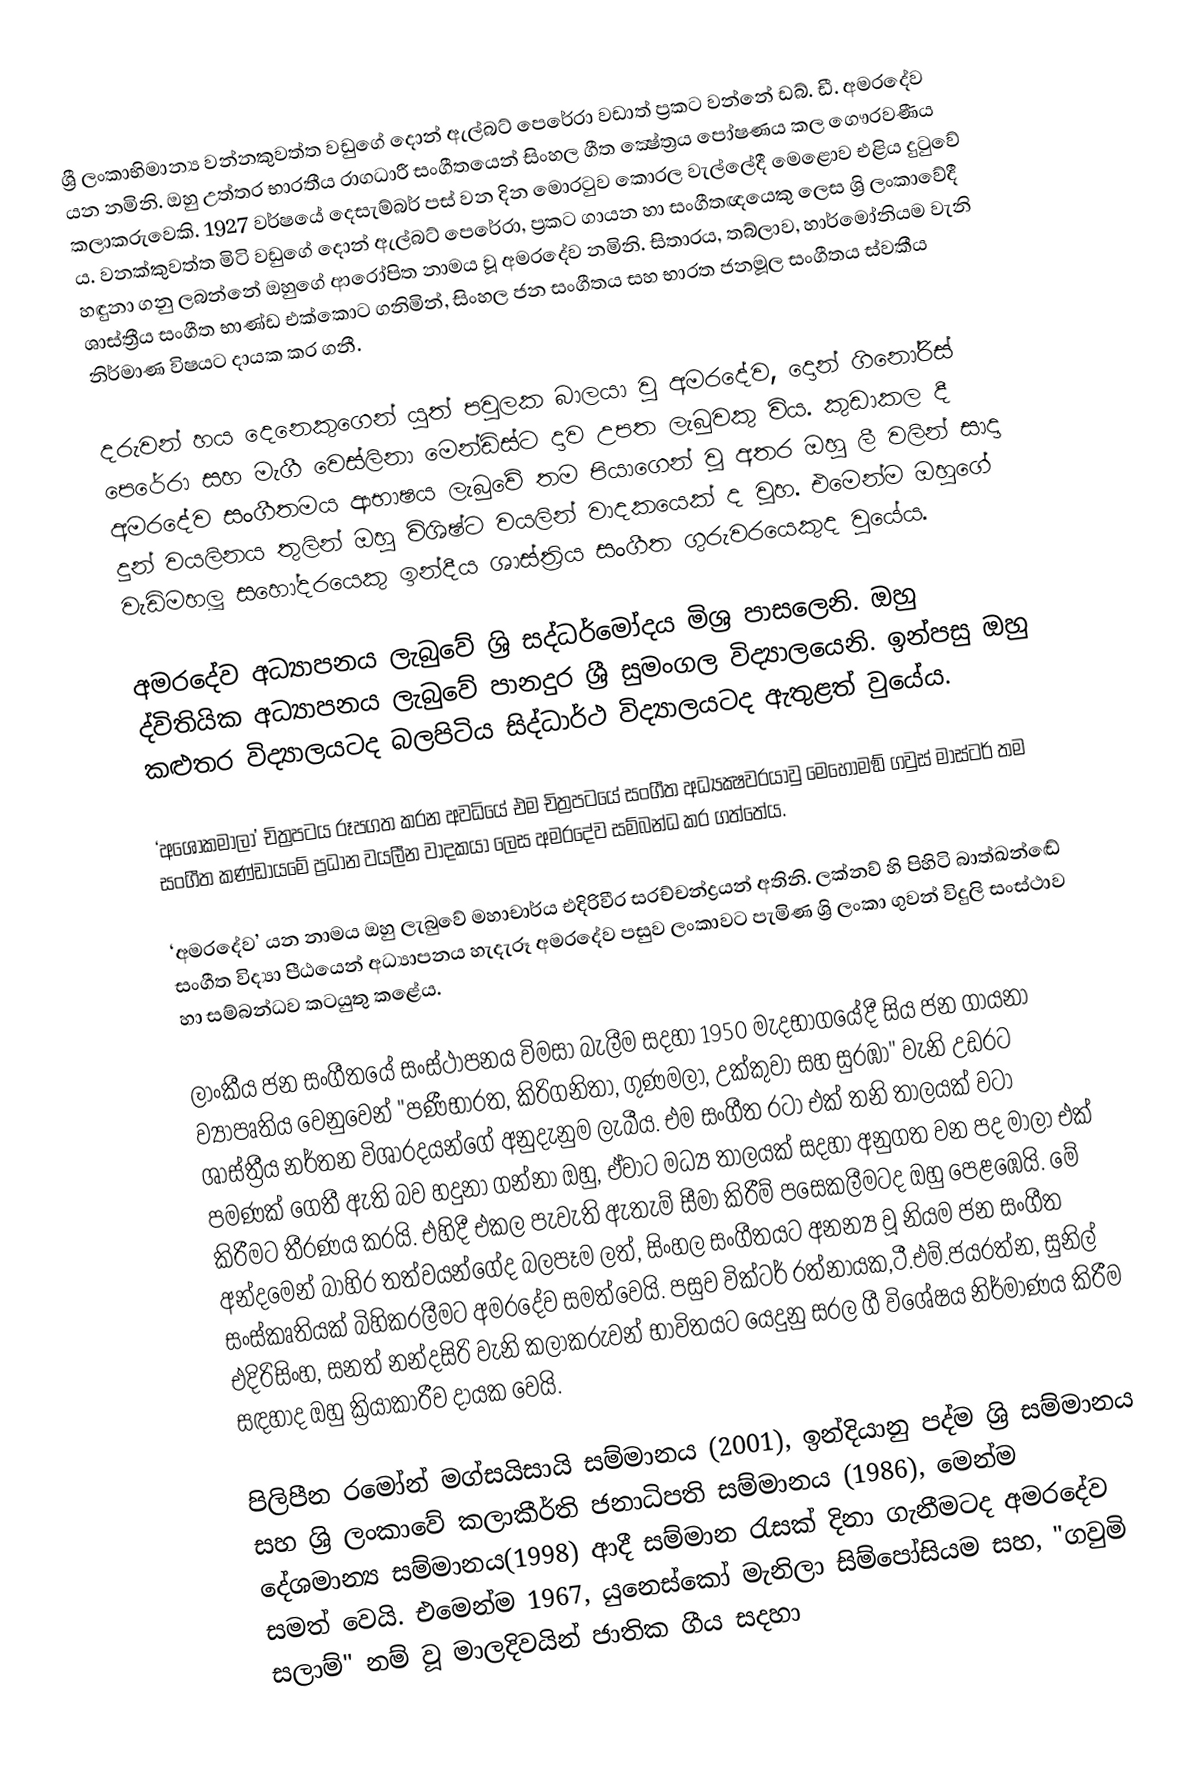
ශ්‍රී ලංකාභිමාන්‍ය වන්නකුවත්ත වඩුගේ දොන් ඇල්බට් පෙරේරා වඩාත් ප්‍රකට වන්නේ ඩබ්. ඩී. අමරදේව යන නමිනි. ඔහු උත්තර භාරතීය රාගධාරී සංගීතයෙන් සිංහල ගීත ක්‍ෂේත්‍රය පෝෂණය කල ‍‍ගෞරවණීය කලාකරුවෙකි. 1927 වර්ෂයේ දෙසැම්බර් පස් වන දින මොරටුව කොරල වැල්ලේදී මෙළොව එළිය දුටුවේ ය. වනක්කුවත්ත මිටි වඩුගේ දොන් ඇල්බට් පෙරේරා, ප්‍රකට ගායන හා සංගීතඥයෙකු ලෙස ශ්‍රි ලංකාවේදී හඳුනා ගනු ලබන්නේ ඔහුගේ ආරෝපිත නාමය වූ අමරදේව නමිනි. සිතාරය, තබ්ලාව, හාර්මෝනියම වැනි ශාස්ත්‍රීය සංගීත භාණ්ඩ එක්කොට ගනිමින්, සිංහල ජන සංගීතය සහ භාරත ජනමූල සංගීතය ස්වකීය නිර්මාණ විෂයට දායක කර ගනී.

දරුවන් හය දෙනෙකුගෙන් යුත් පවුලක බාලයා වු අමරදේව, දොන් ගිනෝරිස් පෙරේරා සහ මැගී වෙස්ලිනා මෙන්ඩිස්ට දාව උපත ලැබුවකු විය. කුඩාකල දී අමරදේව සංගීතමය ආභාෂය ලැබුවේ තම පියාගෙන් වූ අතර ඔහු ලී වලින් සාදා දුන් වයලිනය තුලින් ඔහු විශිෂ්ට වයලින් වාදකයෙක් ද වූහ. එමෙන්ම ඔහුගේ වැඩිමහලූ සහෝදරයෙකු ඉන්දීය ශාස්ත්‍රිය සංගීත ගුරුවරයෙකුද වුයේය.

අමරදේව අධ්‍යාපනය ලැබුවේ ශ්‍රි සද්ධර්මෝදය මිශ්‍ර පාසලෙනි. ඔහු ද්විතියික අධ්‍යාපනය ලැබුවේ පානදුර ශ්‍රී සුමංගල විද්‍යාලයෙනි. ඉන්පසු ඔහු කළුතර විද්‍යාලයටද බලපිටිය සිද්ධාර්ථ විද්‍යාලයටද ඇතුළත් වුයේය.

‘අශෝකමාලා’ චිත්‍රපටය රූපගත කරන අවධියේ එම චිත්‍රපටයේ සංගීත අධ්‍යක්‍ෂවරයාවු මෙහොමඞ් ගවුස් මාස්ටර් තම සංගීත කණ්ඩායමේ ප්‍රධාන වයලීන වාදකයා ලෙස අමරදේව සම්බන්ධ කර  ගත්තේය.

‘අමරදේව’ යන නාමය ඔහු ලැබුවේ මහාචාර්ය එදිරිවීර සරච්චන්ද්‍රයන් අතිනි. ලක්නව් හි පිහිටි බාත්ඛන්ඬේ සංගීත විද්‍යා පීඨයෙන් අධ්‍යාපනය හැදැරූ අමරදේව පසුව ලංකාවට පැමිණ ශ්‍රි ලංකා ගුවන් විදුලි සංස්ථාව හා සම්බන්ධව කටයුතු කළේය.

ලාංකීය ජන සංගීතයේ සංස්ථාපනය විමසා බැලීම සදහා 1950 මැදභාගයේදී සිය ජන ගායනා ව්‍යාපෘතිය වෙනුවෙන් "පණීභාරත, කිරිගනිතා, ගුණමලා, උක්කුවා සහ සුරඹා" වැනි උඩරට ශාස්ත්‍රීය නර්තන විශාරදයන්ගේ අනුදැනුම ලැබීය. එම සංගීත රටා එක් තනි තාලයක් වටා පමණක් ගෙතී ඇති බව හදුනා ගන්නා ඔහු, ඒවාට මධ්‍ය තාලයක් සදහා අනුගත වන පද මාලා එක් කිරීමට තීරණය කරයි. එහිදී එකල පැවැති ඇතැම් සීමා කිරීම් පසෙකලීමටද ඔහු පෙළඹෙයි. මේ අන්දමෙන් බාහිර තත්වයන්ගේද බලපෑම ලත්, සිංහල සංගීතයට අනන්‍ය වූ නියම ජන සංගීත සංස්කෘතියක් බිහිකරලීමට අමරදේව සමත්වෙයි. පසුව වික්ටර් රත්නායක,ටී.එම්.ජයරත්න, සුනිල් එදිරිසිංහ, සනත් නන්දසිරි වැනි කලාකරුවන් භාවිතයට යෙදුනු සරල ගී විශේෂය නිර්මාණය කිරීම සඳහාද ඔහු ක්‍රියාකාරීව දායක වෙයි.

පිලිපීන රමෝන් මග්සයිසායි සම්මානය (2001), ඉන්දියානු පද්ම ශ්‍රි සම්මානය සහ ශ්‍රි ලංකාවේ කලාකීර්ති ජනාධිපති සම්මානය (1986), මෙන්ම දේශමාන්‍ය සම්මානය(1998) ආදී සම්මාන රැසක් දිනා ගැනීමටද අමරදේව සමත් වෙයි. එමෙන්ම 1967, යුනෙස්කෝ මැනිලා සිම්පෝසියම සහ, "ගවුමි සලාම්" නම් වූ මාලදිවයින් ජාතික ගීය සදහා